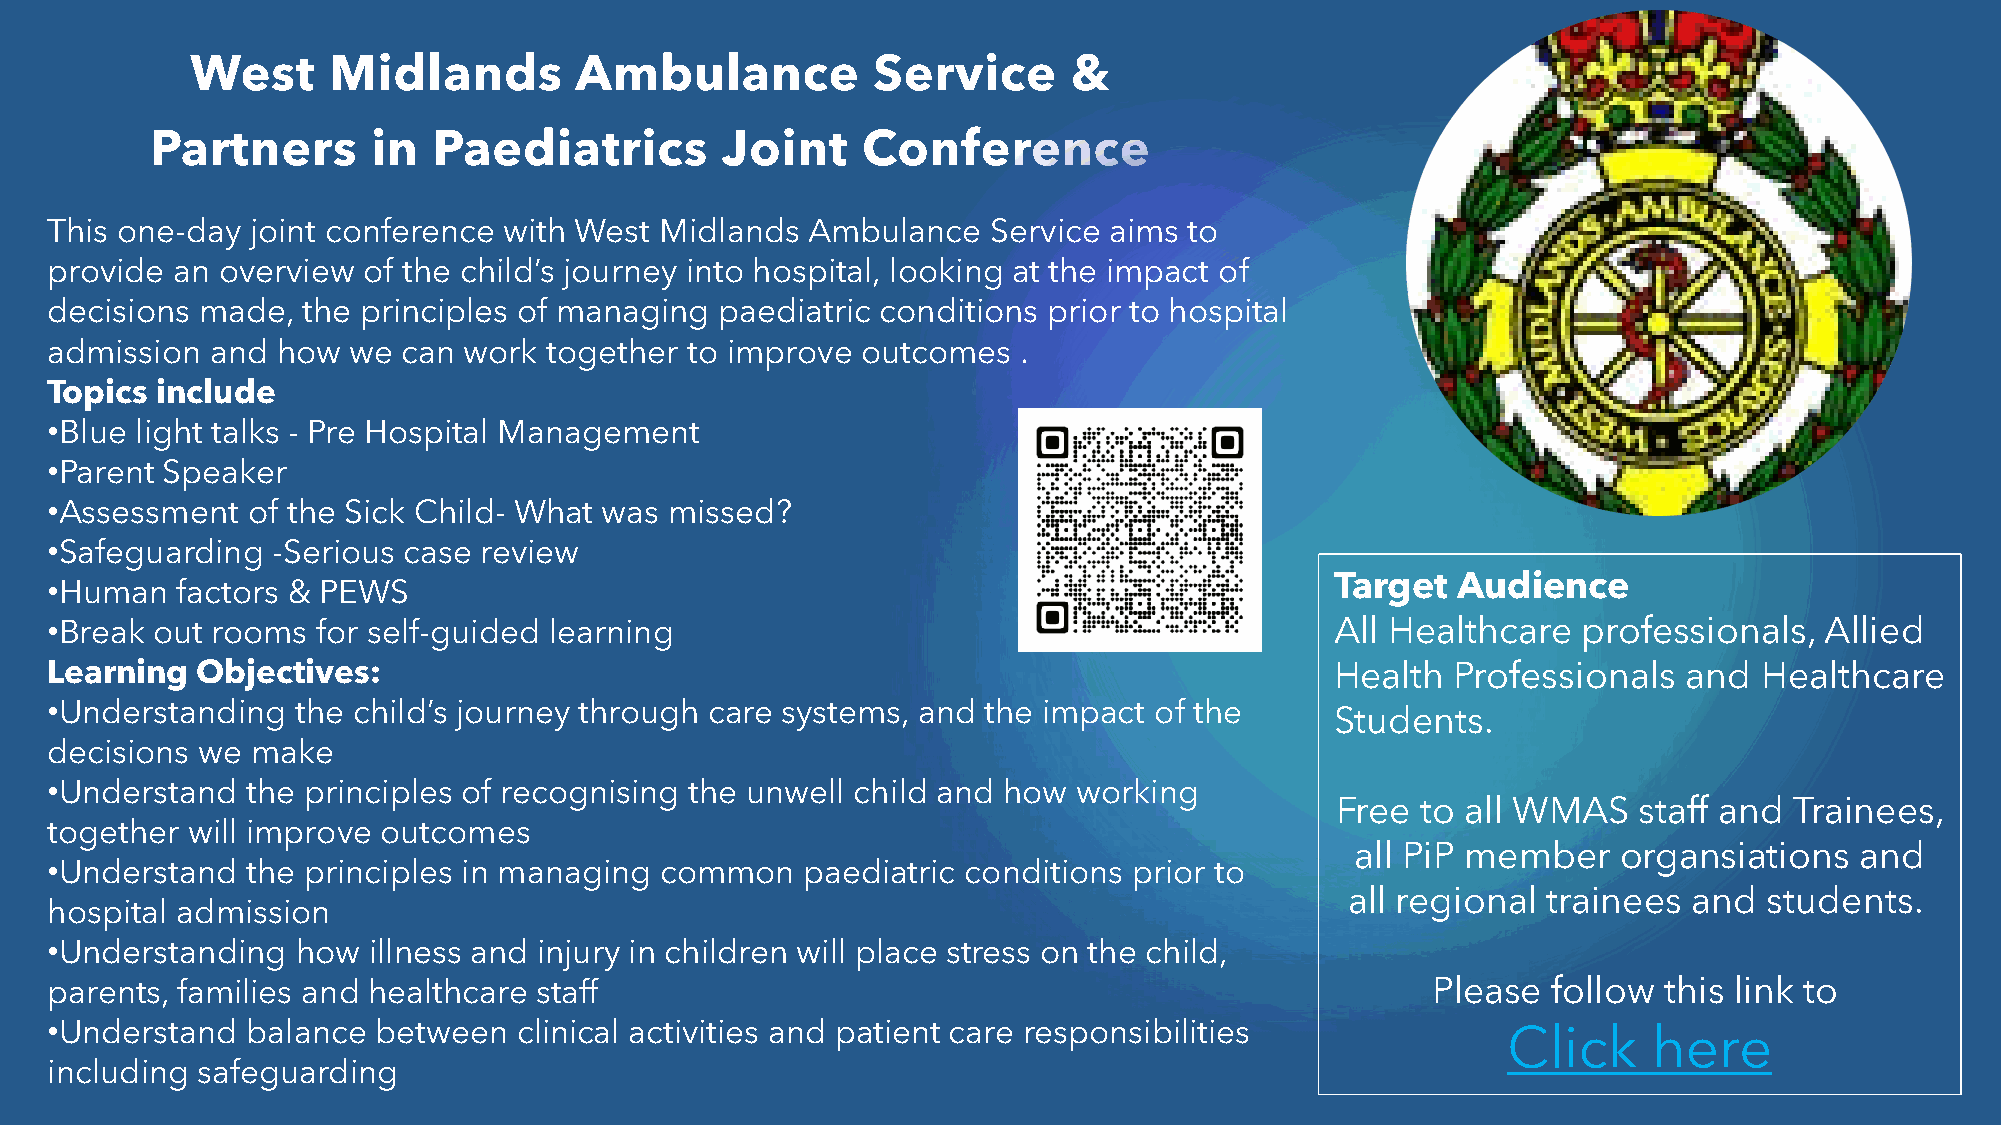
West     Midlands        Ambulance           Service      &
 Partners       in  Paediatrics        Joint    Conference
 This one-day  joint conference with West Midlands Ambulance    Service aims to
 provide an overview  of the child’s journey into hospital, looking at the impact of
 decisions made,  the principles of managing  paediatric conditions prior to hospital
 admission  and how  we  can work together to improve  outcomes  .
 Topics include
 •Blue light talks - Pre Hospital Management
 •Parent Speaker
 •Assessment  of the Sick Child- What was missed?
 •Safeguarding  -Serious case review
 Target  Audience
 •Human   factors & PEWS
 •Break out rooms  for self-guided learning                                           All Healthcare   professionals,  Allied
 Learning  Objectives:                                                                Health  Professionals   and  Healthcare
 •Understanding   the child’s journey through care systems, and the impact of the
 Students.
 decisions we  make
 •Understand  the principles of recognising the unwell child and how working
 Free  to all WMAS   staff and  Trainees,
 together will improve outcomes
 all PiP member   organsiations   and
 •Understand  the principles in managing  common   paediatric conditions prior to
 all regional trainees  and  students.
 hospital admission
 •Understanding   how illness and injury in children will place stress on the child,
 parents, families and healthcare staff                                                      Please  follow this link to
 •Understand  balance  between  clinical activities and patient care responsibilities             Click    here
 including safeguarding